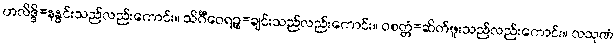
ဟလိဒ္ဒိ=နနွင်းသည်လည်းကောင်း။ သိင်္ဂီဝေရဉ္စ=ချင်းသည်လည်းကောင်း။ ဝစတ္တံ=ဆိတ်ဖူးသည်လည်းကောင်း။ လသုဏံ